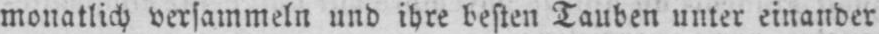
monatlich versammeln und ihre besten Tauben unter einander